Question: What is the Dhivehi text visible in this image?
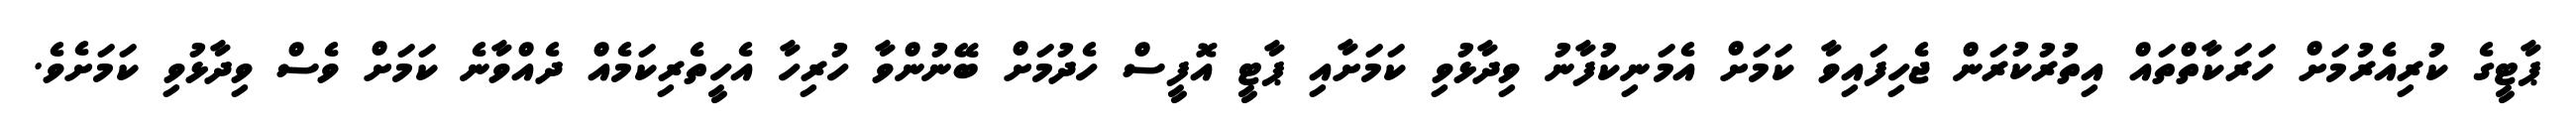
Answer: ޕާޓީގެ ކުރިއެރުމަށް ހަރަކާތްތައް އިތުރުކުރަން ޖެހިފައިވާ ކަމަށް އެމަނިކުފާނު ވިދާޅުވި ކަމަށާއި ޕާޓީ އޮފީސް ހެދުމަށް ބޭނުންވާ ހުރިހާ އެހީތެރިކަމެއް ދެއްވާނެ ކަމަށް ވެސް ވިދާޅުވި ކަމަށެވެ.